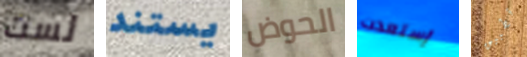
لست يستند الحوض إستعدت تطبيق